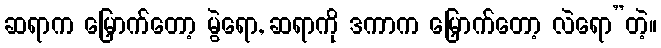
ဆရာက မြှောက်တော့ မွဲရော, ဆရာကို ဒကာက မြှောက်တော့ လဲရော”တဲ့။